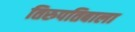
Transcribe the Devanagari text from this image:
तिरुपतिबाला